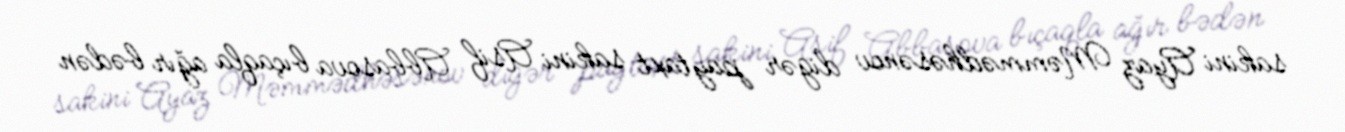
sakini Ayaz Məmmədhəsənov digər paytaxt sakini Asif Abbasova bıçaqla ağır bədən